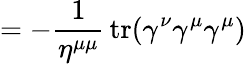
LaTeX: =-{\frac{1}{\eta^{\mu\mu}}}\operatorname{tr}(\gamma^{\nu}\gamma^{\mu}\gamma^{\mu})